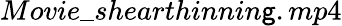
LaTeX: Movie\_ shearthinnin\mathsf{g}.mp4